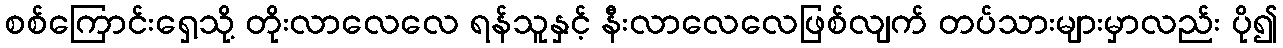
စစ်ကြောင်းရှေ့သို့ တိုးလာလေလေ ရန်သူနှင့် နီးလာလေလေဖြစ်လျက် တပ်သားများမှာလည်း ပို၍